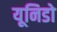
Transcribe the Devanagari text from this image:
यूनिडो